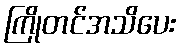
ကြိုတင်အသိပေး